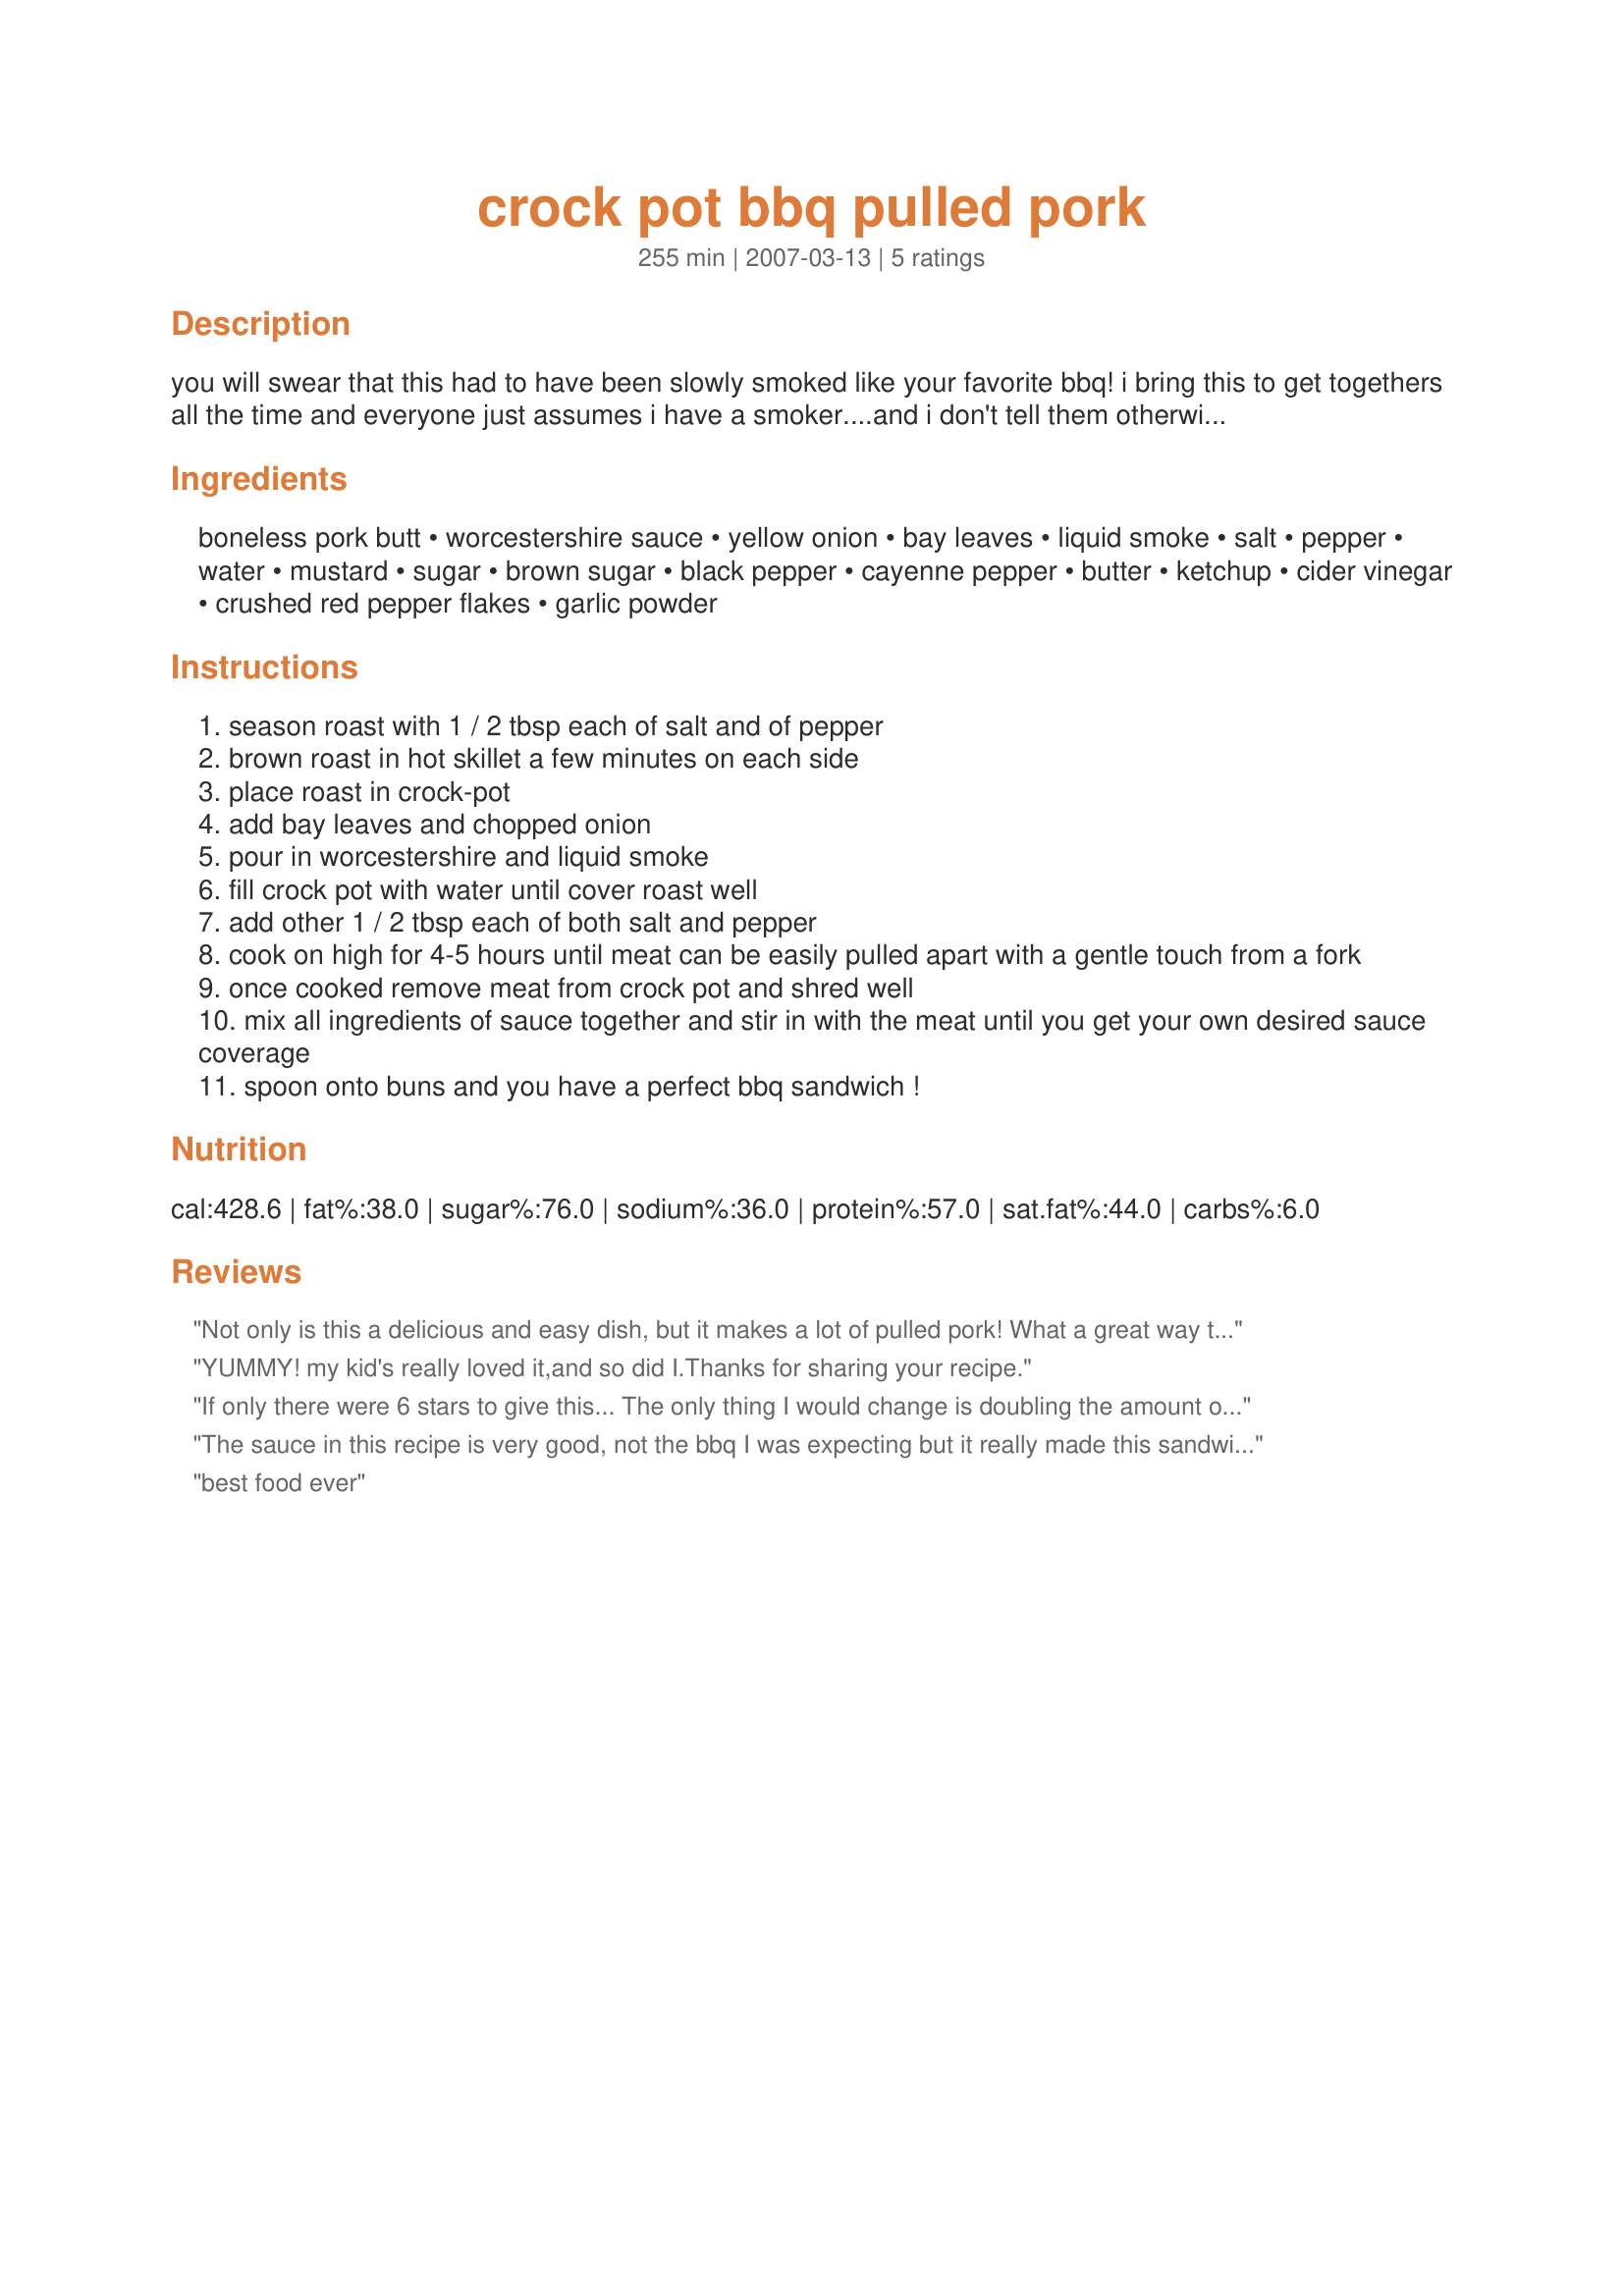
crock pot bbq pulled pork
Preparation time: 255 minutes

you will swear that this had to have been slowly smoked like your favorite bbq! i bring this to get togethers all the time and everyone just assumes i have a smoker....and i don't tell them otherwise! it's our little secret! you will love this!

Ingredients:
boneless pork butt, worcestershire sauce, yellow onion, bay leaves, liquid smoke, salt, pepper, water, mustard, sugar, brown sugar, black pepper, cayenne pepper, butter, ketchup, cider vinegar, crushed red pepper flakes, garlic powder

Steps:
season roast with 1 / 2 tbsp each of salt and of pepper
brown roast in hot skillet a few minutes on each side
place roast in crock-pot
add bay leaves and chopped onion
pour in worcestershire and liquid smoke
fill crock pot with water until cover roast well
add other 1 / 2 tbsp each of both salt and pepper
cook on high for 4-5 hours until meat can be easily pulled apart with a gentle touch from a fork
once cooked remove meat from crock pot and shred well
mix all ingredients of sauce together and stir in with the meat until you get your own desired sauce coverage
spoon onto buns and you have a perfect bbq sandwich !

Reviews:
Not only is this a delicious and easy dish, but it makes a lot of pulled pork! What a great way to make use of your crock pot and to come home to a nearly complete meal!
YUMMY! my kid's really loved it,and so did I.Thanks for sharing your recipe.
If only there were 6 stars to give this... The only thing I would change is doubling the amount of liquid smoke, but that's just a personal preference. At last, a BBQ pork recipe that I truly love!
The sauce in this recipe is very good, not the bbq I was expecting but it really made this sandwich stand out amongst other bbq pulled pork sandwiches
best food ever
